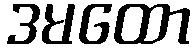
ဒမထော